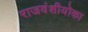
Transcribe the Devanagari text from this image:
राजवंशीयोका